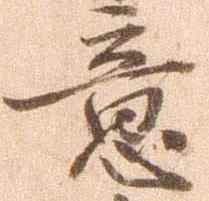
意